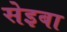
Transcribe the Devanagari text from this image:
सेइबा